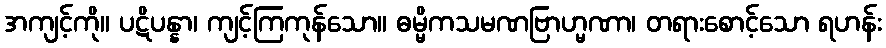
အကျင့်ကို။ ပဋိပန္နာ၊ ကျင့်ကြကုန်သော။ ဓမ္မိကသမဏဗြာဟ္မဏာ၊ တရားစောင့်သော ရဟန်း